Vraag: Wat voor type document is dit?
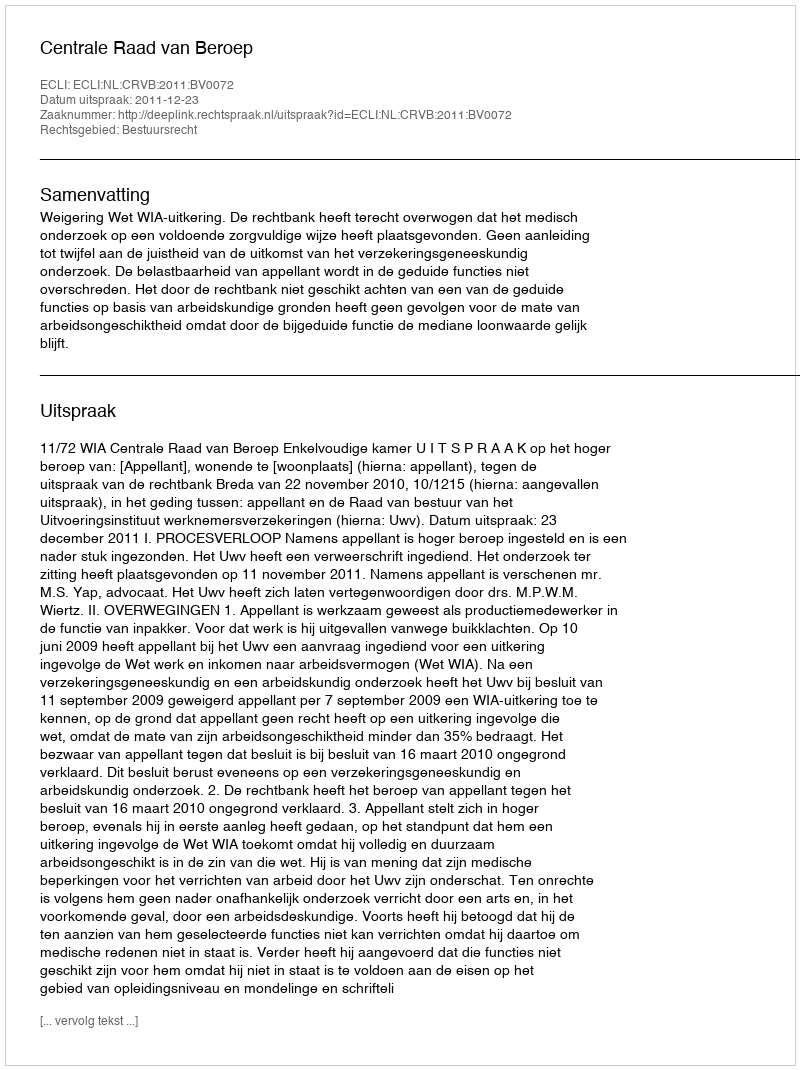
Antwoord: Uitspraak